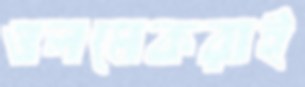
ওলমেকরাই